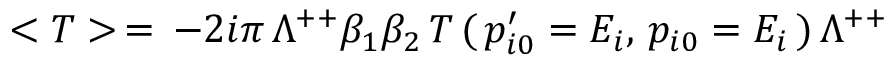
< T > \, = \, - 2 i \pi \, \Lambda ^ { + + } \beta _ { 1 } \beta _ { 2 } \, T \, ( \, p _ { i 0 } ^ { \prime } = E _ { i } , \, p _ { i 0 } = E _ { i } \, ) \, \Lambda ^ { + + }